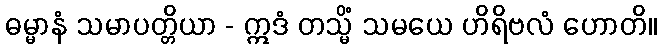
ဓမ္မာနံ သမာပတ္တိယာ - ဣဒံ တသ္မိံ သမယေ ဟိရိဗလံ ဟောတိ။